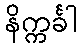
နိက္ကင်္ခါ